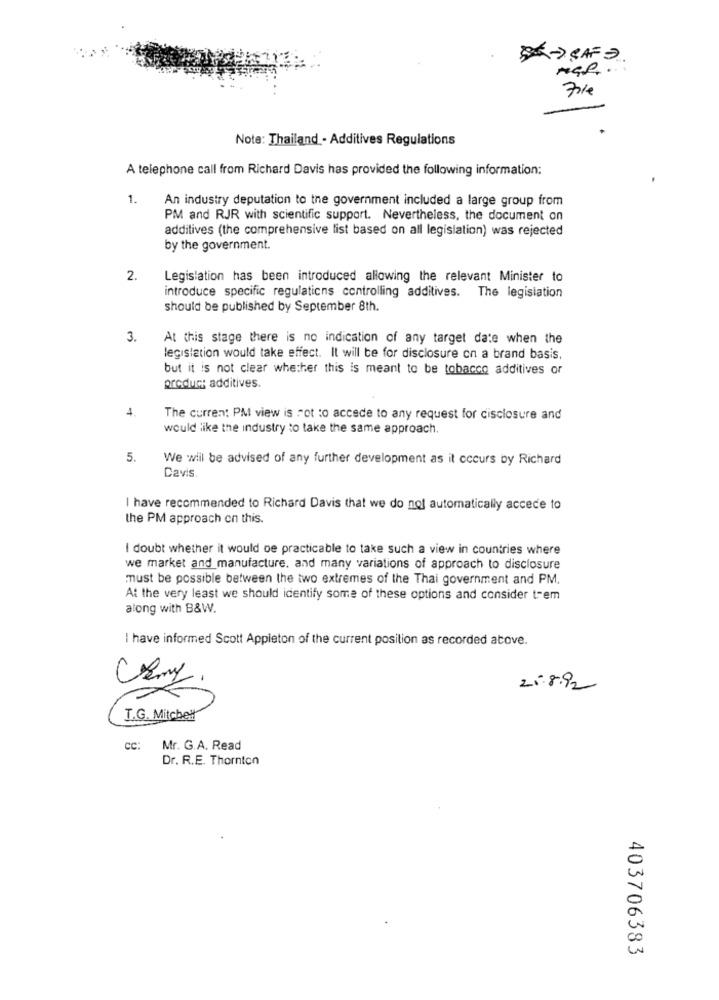
701
Note: Thailand - Additives Regulations
A telephone call from Richard Davis has provided the following information:
1.
An industry deputation to the government included a large group from
PM and RJR with scientific support. Nevertheless, the document on
additives (the comprehensive list based on all legislation) was rejected
by the government.
2.
Legislation has been introduced allowing the relevant Minister to
introduce specific regulations controlling additives. The legislation
should be published by September 8th.
3.
At this stage there is no indication of any target date when the
legislation would take effect. It will be for disclosure on a brand basis.
but it is not clear whether this is meant to be tobacco additives or
product additives.
4
The current PM view is rot to accede to any request for disclosure and
would like the industry to take the same approach.
5.
We will be advised of any further development as it occurs by Richard
Davis.
I have recommended to Richard Davis that we do not automatically accede to
the PM approach on this.
I doubt whether it would be practicable to take such a view in countries where
we market and_manufacture, and many variations of approach to disclosure
must be possible between the two extremes of the Thai government and PM.
At the very least we should identify some of these options and consider trem
along with B&W.
have informed Scott Appleton of the current position as recorded above.
21.8.92
T.G. Mitchell
cc:
Mr. G.A. Read
Dr. R.E. Thornton
20
in
403706383